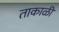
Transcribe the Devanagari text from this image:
ताकाळी